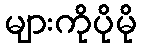
များကိုပိုမို